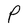
Character: P